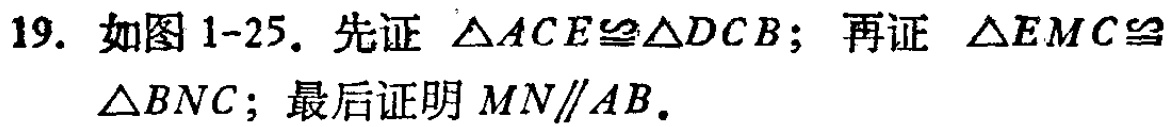
19. 如图1-25. 先证 $\triangle ACE\cong\triangle DCB$；再证 $\triangle EMC\cong$

$\triangle BNC$；最后证明 $MN\parallel AB$.